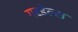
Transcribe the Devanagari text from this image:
गरडेल्स